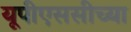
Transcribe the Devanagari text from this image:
यूपीएससीच्या